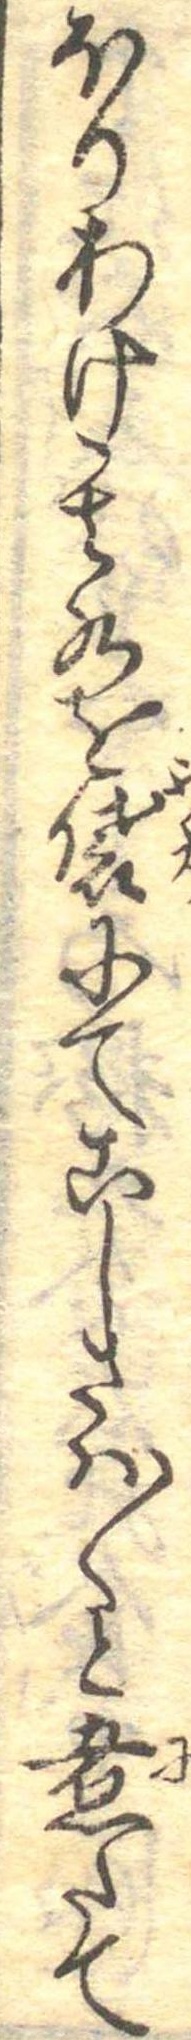
ほりあけ其水を袋にてこしさは〱と煮たて